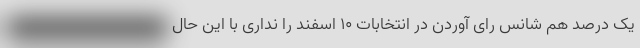
یک درصد هم شانس رای آوردن در انتخابات ۱۰ اسفند را نداری با این حال